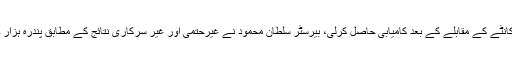
پی ٹی آئی کے امیدوار بیرسٹر سلطان محمود نے مدمقابل پیپلز پارٹی کے امیدوار چوہدری محمد اشرف سے کانٹے کے مقابلے کے بعد کامیابی حاصل کرلی، بیرسٹر سلطان محمود نے غیرحتمی اور غیر سرکاری نتائج کے مطابق پندرہ ہزار چھ سو اکیانوے ووٹ حاصل کئے، چوہدری محمد اشرف بارہ ہزار آٹھ سو ووٹ لےکر دوسرے نمبر پر رہے۔